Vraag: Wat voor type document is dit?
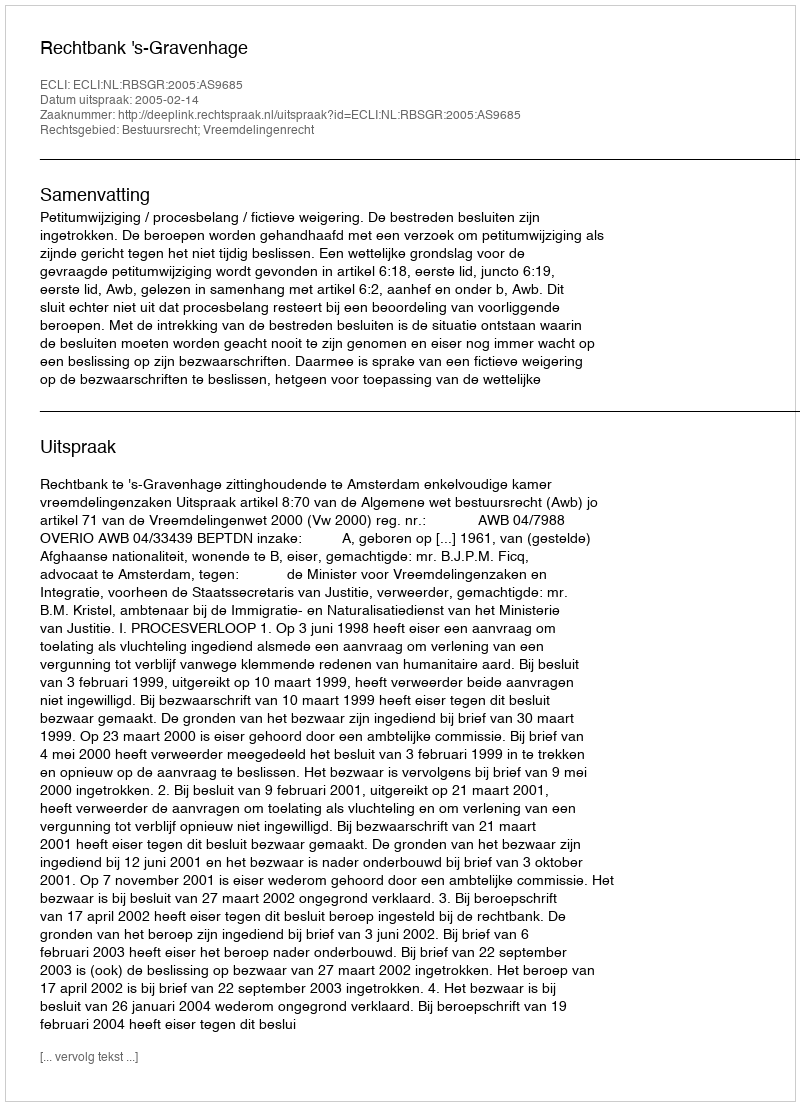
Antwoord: Uitspraak